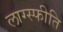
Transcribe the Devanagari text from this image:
लाग्स्फीति